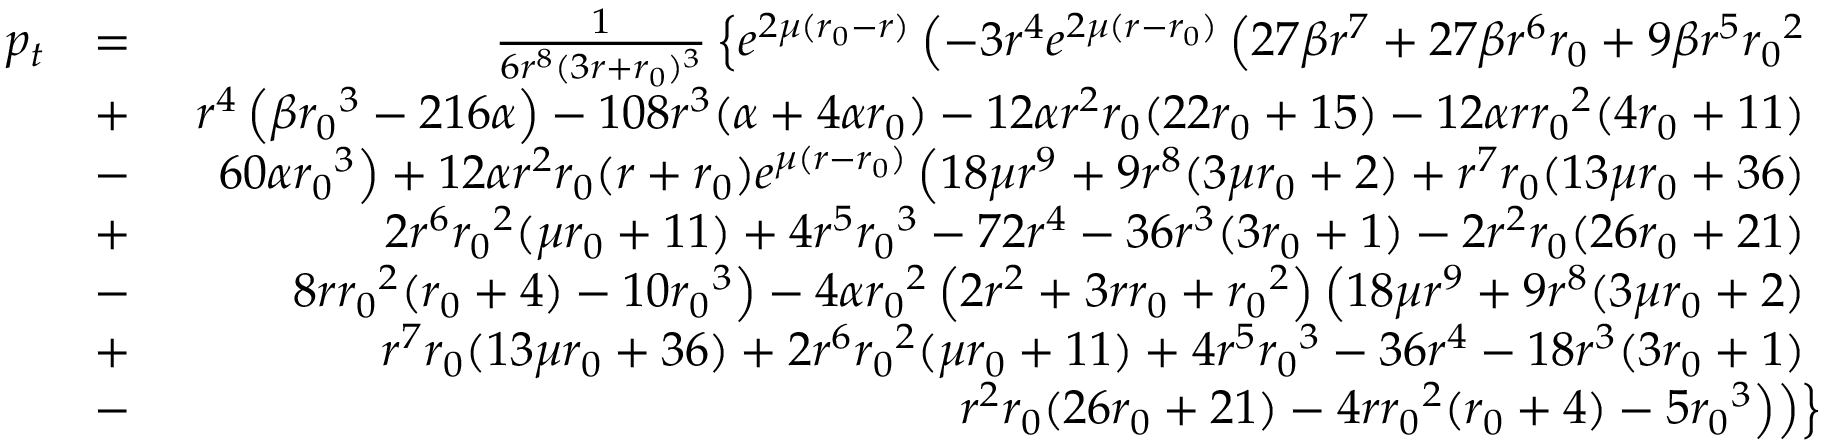
\begin{array} { r l r } { p _ { t } } & { = } & { \frac { 1 } { 6 r ^ { 8 } ( 3 r + { r _ { 0 } } ) ^ { 3 } } \left\lbrace e ^ { 2 \mu ( { r _ { 0 } } - r ) } \left( - 3 r ^ { 4 } e ^ { 2 \mu ( r - { r _ { 0 } } ) } \left( 2 7 \beta r ^ { 7 } + 2 7 \beta r ^ { 6 } { r _ { 0 } } + 9 \beta r ^ { 5 } { r _ { 0 } } ^ { 2 } \right. \right. \right. } \\ & { + } & { \left. \left. \left. r ^ { 4 } \left( \beta { r _ { 0 } } ^ { 3 } - 2 1 6 \alpha \right) - 1 0 8 r ^ { 3 } ( \alpha + 4 \alpha { r _ { 0 } } ) - 1 2 \alpha r ^ { 2 } { r _ { 0 } } ( 2 2 { r _ { 0 } } + 1 5 ) - 1 2 \alpha r { r _ { 0 } } ^ { 2 } ( 4 { r _ { 0 } } + 1 1 ) \right. \right. \right. } \\ & { - } & { \left. \left. \left. 6 0 \alpha { r _ { 0 } } ^ { 3 } \right) + 1 2 \alpha r ^ { 2 } { r _ { 0 } } ( r + { r _ { 0 } } ) e ^ { \mu ( r - { r _ { 0 } } ) } \left( 1 8 \mu r ^ { 9 } + 9 r ^ { 8 } ( 3 \mu { r _ { 0 } } + 2 ) + r ^ { 7 } { r _ { 0 } } ( 1 3 \mu { r _ { 0 } } + 3 6 ) \right. \right. \right. } \\ & { + } & { \left. \left. \left. 2 r ^ { 6 } { r _ { 0 } } ^ { 2 } ( \mu { r _ { 0 } } + 1 1 ) + 4 r ^ { 5 } { r _ { 0 } } ^ { 3 } - 7 2 r ^ { 4 } - 3 6 r ^ { 3 } ( 3 { r _ { 0 } } + 1 ) - 2 r ^ { 2 } { r _ { 0 } } ( 2 6 { r _ { 0 } } + 2 1 ) \right. \right. \right. } \\ & { - } & { \left. \left. \left. 8 r { r _ { 0 } } ^ { 2 } ( { r _ { 0 } } + 4 ) - 1 0 { r _ { 0 } } ^ { 3 } \right) - 4 \alpha { r _ { 0 } } ^ { 2 } \left( 2 r ^ { 2 } + 3 r { r _ { 0 } } + { r _ { 0 } } ^ { 2 } \right) \left( 1 8 \mu r ^ { 9 } + 9 r ^ { 8 } ( 3 \mu { r _ { 0 } } + 2 ) \right. \right. \right. } \\ & { + } & { \left. \left. \left. r ^ { 7 } { r _ { 0 } } ( 1 3 \mu { r _ { 0 } } + 3 6 ) + 2 r ^ { 6 } { r _ { 0 } } ^ { 2 } ( \mu { r _ { 0 } } + 1 1 ) + 4 r ^ { 5 } { r _ { 0 } } ^ { 3 } - 3 6 r ^ { 4 } - 1 8 r ^ { 3 } ( 3 { r _ { 0 } } + 1 ) \right. \right. \right. } \\ & { - } & { \left. \left. \left. r ^ { 2 } { r _ { 0 } } ( 2 6 { r _ { 0 } } + 2 1 ) - 4 r { r _ { 0 } } ^ { 2 } ( { r _ { 0 } } + 4 ) - 5 { r _ { 0 } } ^ { 3 } \right) \right) \right\rbrace } \end{array}